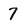
Character: 7